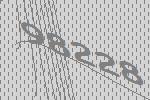
98228